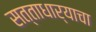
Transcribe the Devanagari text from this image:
सत्ताधार्‍याचा